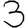
Digit: 3